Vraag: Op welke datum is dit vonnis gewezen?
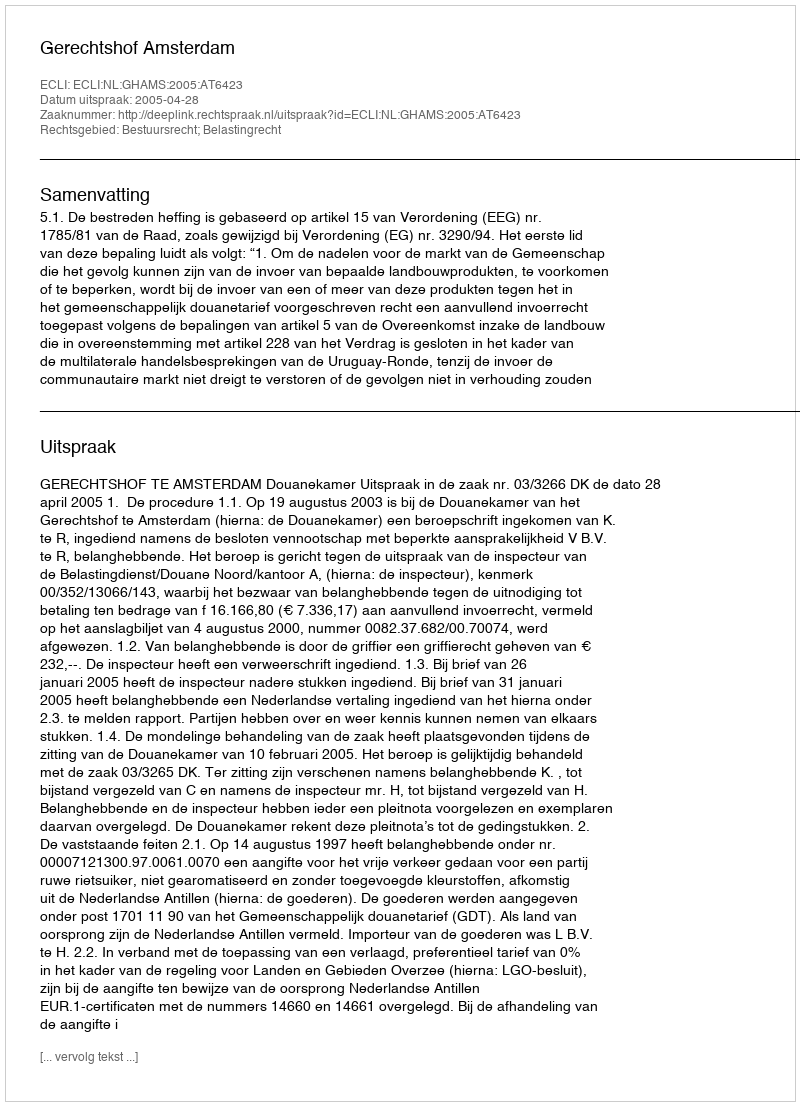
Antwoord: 2005-04-28